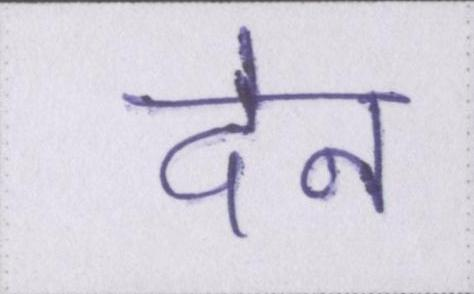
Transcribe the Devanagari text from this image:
देन